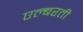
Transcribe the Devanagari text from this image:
एल्बरती